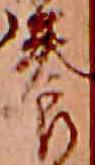
養